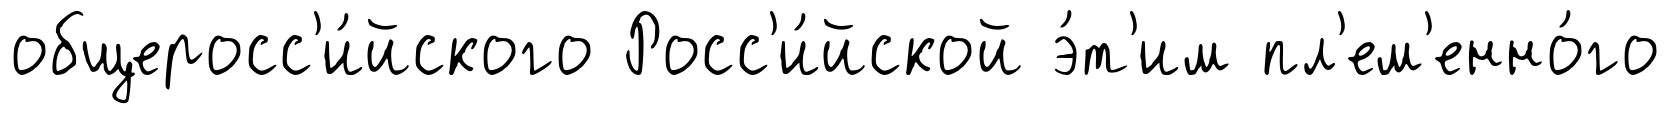
общеросс'и́йского Росс'и́йской э́т'им пл'ем'енно́го